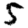
Digit: 5